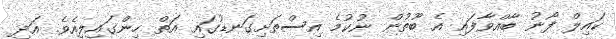
ކައިލް ފޯނު ބާއްވާފައި އެ ބޫތުން ނުކުމެ އިސްތަށިގަނޑުގައި އަތް ހިންގައިލިއެވެ. އަދި